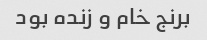
برنج خام و زنده بود